Annual report on the mental hospital in the Central Provinces and Berar (Nagpur) - 1927-1951
Year: 1927
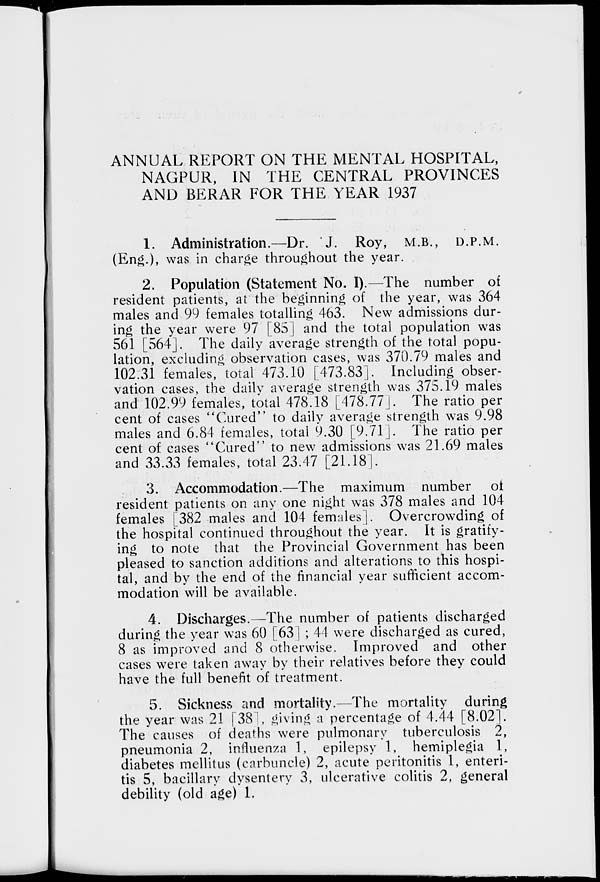
ANNUAL REPORT ON THE MENTAL HOSPITAL,
NAGPUR, IN THE CENTRAL PROVINCES
AND BERAR FOR THE YEAR 1937
1. Administration.—Dr. J. Roy, M.B., D.P.M.
(Eng.), was in charge throughout the year.
2. Population (Statement No. I).—The number of
resident patients, at the beginning of the year, was 364
males and 99 females totalling 463. New admissions dur-
ing the year were 97 [85] and the total population was
561 [564]. The daily average strength of the total popu-
lation, excluding observation cases, was 370.79 males and
102.31 females, total 473.10 [473.83]. Including obser-
vation cases, the daily average strength was 375.19 males
and 102.99 females, total 478.18 [478.77]. The ratio per
cent of cases ''Cured'' to daily average strength was 9.98
males and 6.84 females, total 9.30 [9.71]. The ratio per
cent of cases "Cured" to new admissions was 21.69 males
and 33.33 females, total 23.47 [21.18].
3. Accommodation.—The maximum number of
resident patients on any one night was 378 males and 104
females [382 males and 104 females]. Overcrowding of
the hospital continued throughout the year. It is gratify-
ing to note that the Provincial Government has been
pleased to sanction additions and alterations to this hospi-
tal, and by the end of the financial year sufficient accom-
modation will be available.
4. Discharges.—The number of patients discharged
during the year was 60 [63] ; 44 were discharged as cured,
8 as improved and 8 otherwise. Improved and other
cases were taken away by their relatives before they could
have the full benefit of treatment.
5. Sickness and mortality.—The mortality during
the year was 21 [38], giving a percentage of 4.44 [8.02].
The causes of deaths were pulmonary tuberculosis 2,
pneumonia 2, influenza 1, epilepsy 1, hemiplegia 1,
diabetes mellitus (carbuncle) 2, acute peritonitis 1, enteri-
tis 5, bacillary dysentery 3, ulcerative colitis 2, general
debility (old age) 1.